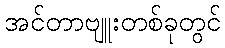
အင်တာဗျူးတစ်ခုတွင်